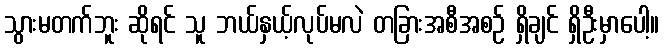
သွားမတက်ဘူး ဆိုရင် သူ ဘယ်နှယ့်လုပ်မလဲ တခြားအစီအစဉ် ရှိချင် ရှိဦးမှာပေါ့။